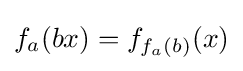
f_{a}(bx)=f_{f_{a}(b)}(x)